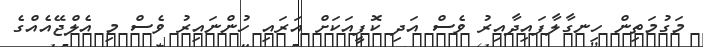
މަގުމަތިން ހިނގާލާފައިދާއިރު ވެސް އަދި ކޮފީއަކަށް އަރައި ހުންނައިރު ވެސް މި އެލްޖޭއެއްގެ